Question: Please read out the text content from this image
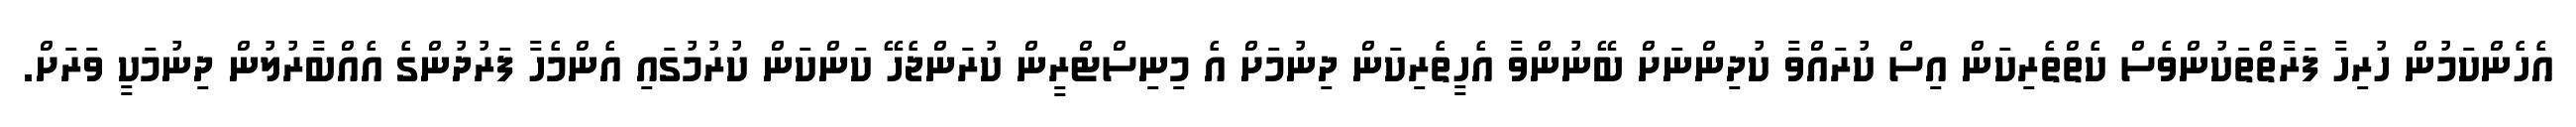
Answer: އެހެންކަމުން ހުރިހާ ފަރާތްތަކުންވެސް ކެތްތެރިކަން އިސް ކުރައްވާ ކުދިންނަށް ބޭނުންވާ އެހީތެރިކަން ދިނުމަށް އެ މިނިސްޓްރީން ކުރަންޖެހޭ ކަންކަން ކުރުމުގައި އެންމެހާ ފަރުދުންގެ އެއްބާރުލުން ދިނުމަކީ ވަރަށް.